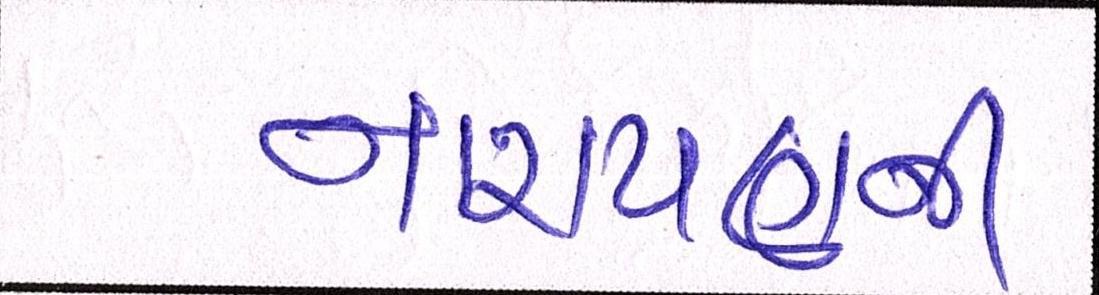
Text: નારાયણની